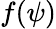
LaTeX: f(\psi)